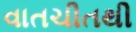
વાતચીતથી